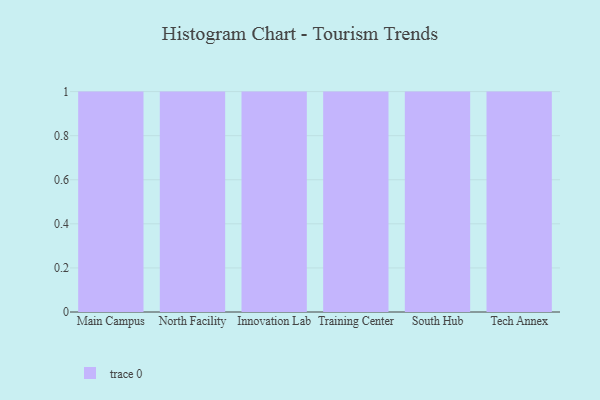
{"axis": {"x": "Campus", "y": "Net Income (USD K)"}, "legend": [""], "data": [{"x": "Main Campus", "y": 82, "type": ""}, {"x": "North Facility", "y": 31, "type": ""}, {"x": "Innovation Lab", "y": 81, "type": ""}, {"x": "Training Center", "y": 82, "type": ""}, {"x": "South Hub", "y": 52, "type": ""}, {"x": "Tech Annex", "y": 27, "type": ""}]}